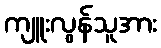
ကျူးလွန်သူအား